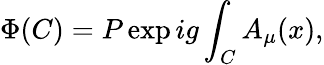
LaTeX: \Phi(C)=P\exp ig\int_{C}A_{\mu}(x),